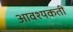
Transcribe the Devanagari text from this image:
आवश्यकती